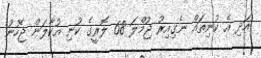
އަދި އެ ކުނިތައް ނެގިއިރު ޖުމްލަ 68 ލޮރީގެ ކުނި އުކާލަން ޖެހުނު